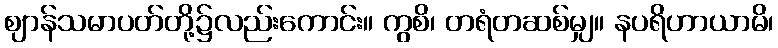
ဈာန်သမာပတ်တို့၌လည်းကောင်း။ ကွစိ၊ တရံတဆစ်မျှ။ နပရိဟာယာမိ၊